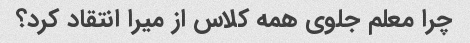
چرا معلم جلوی همه کلاس از میرا انتقاد کرد؟